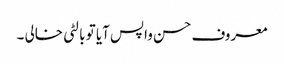
معروف حسن واپس آیا تو بالٹی خالی ۔